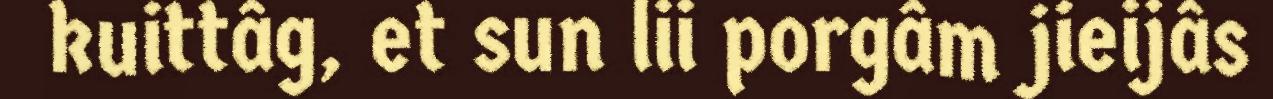
kuittâg, et sun lii porgâm jieijâs